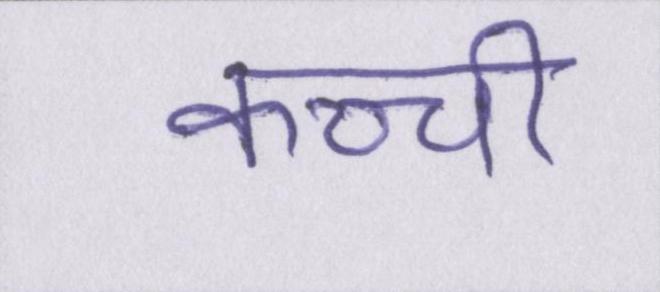
कच्ची